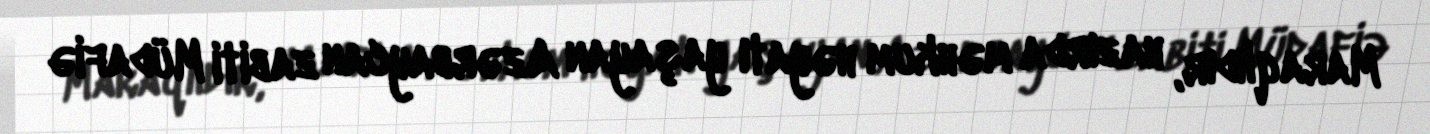
Maraqlıdır, hazırda məhkum həyatı yaşayan Azərbaycan zabiti Müdafiə